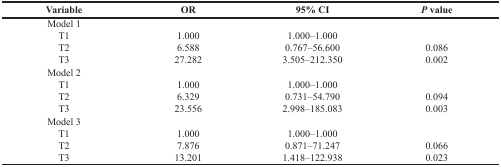
<table><thead><tr><td><b>Variable</b></td><td><b>OR</b></td><td><b>95% CI</b></td><td><b><i>P</i> value</b></td></tr></thead><tbody><tr><td>Model 1</td><td></td><td></td><td></td></tr><tr><td> T1</td><td>1.000</td><td>1.000–1.000</td><td></td></tr><tr><td> T2</td><td>6.588</td><td>0.767–56.600</td><td>0.086</td></tr><tr><td> T3</td><td>27.282</td><td>3.505–212.350</td><td>0.002</td></tr><tr><td>Model 2</td><td></td><td></td><td></td></tr><tr><td> T1</td><td>1.000</td><td>1.000–1.000</td><td></td></tr><tr><td> T2</td><td>6.329</td><td>0.731–54.790</td><td>0.094</td></tr><tr><td> T3</td><td>23.556</td><td>2.998–185.083</td><td>0.003</td></tr><tr><td>Model 3</td><td></td><td></td><td></td></tr><tr><td> T1</td><td>1.000</td><td>1.000–1.000</td><td></td></tr><tr><td> T2</td><td>7.876</td><td>0.871–71.247</td><td>0.066</td></tr><tr><td> T3</td><td>13.201</td><td>1.418–122.938</td><td>0.023</td></tr></tbody></table>